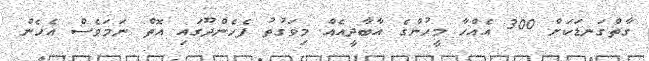
ގާތްގަނޑަކަށް 300 އެއްހާ މީހުންގެ އާބާދީއެއް މިވަގުތު ފެހެންދޫގައި އޮތް ނަމަވެސް އެހެން